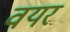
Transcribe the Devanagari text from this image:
वयर